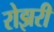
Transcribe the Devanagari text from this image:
रोझरी